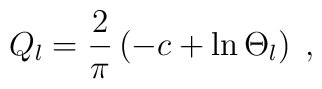
Q_{l}=\frac{2}{\pi} \left( -c + \ln \Theta_{l} \right)\;  ,